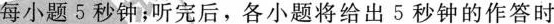
每小题5秒钟；听完后，各小题将给出5秒钟的作答时